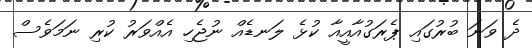
ދެ ވަނަ ބުރުގައި ޕެރަގުއާއީއާ ކުޅެ ލަނޑެއް ނުޖެހި އެއްވަރު ކުރި ނަމަވެސް